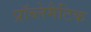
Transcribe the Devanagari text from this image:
प्रॉब्लेमैटिक